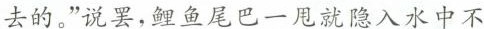
去的。”说罢，鲤鱼尾巴一甩就隐入水中不